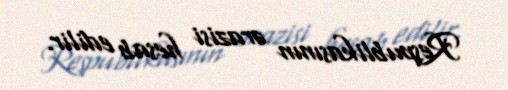
Respublikasının ərazisi hesab edilir.